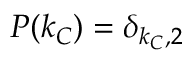
P ( k _ { C } ) = \delta _ { k _ { C } , 2 }